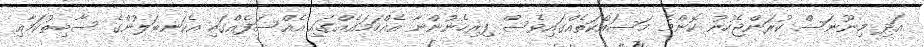
އަދި މިނޫނަސް ކުރަންޖެހުނު ކޮންމެ މަސައްކަތެއްގައިވެސް ފިރިހެނުންނާ އެއްހަމައެއްގައި އެއްސަފެއްގައި އެކަނބަލުންގެ ސާބިތުކަމާއި